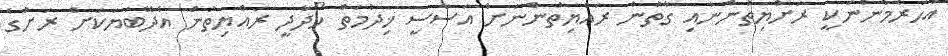
އަހަރެމެންނަކީ ރަށްޔިތުންނާއި ގާތުން ރައްޔިތުންނަށް އަސާސީ ޚިދުމަތް ހޯދާދީ ރައްޔިތުން އެދޭބަޔަކަށް ރަށުގެ